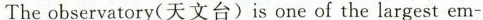
The observatory(天文台) is one of the largest em-